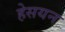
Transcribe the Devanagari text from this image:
हेसयन